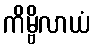
ကိမ္ဗိလာယံ